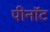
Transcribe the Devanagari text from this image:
पीनॉट